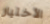
الأختيار